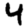
Digit: 4